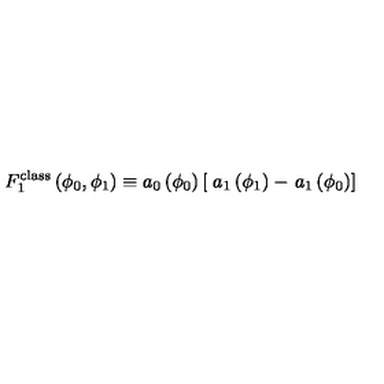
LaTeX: F _ { 1 } ^ { \mathrm { c l a s s } } \left( \phi _ { 0 } , \phi _ { 1 } \right) \equiv a _ { 0 } \left( \phi _ { 0 } \right) \left[ \right. a _ { 1 } \left( \phi _ { 1 } \right) - \left. a _ { 1 } \left( \phi _ { 0 } \right) \right]